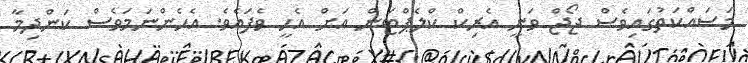
މަސައްކަތުގައިވެސް ޖޯޖް ވަނީ އެރިކް ކްލެޕްޓަން އަށް އެހީ ވެފައެވެ. އެހެންނަމަވެސް ކަންދިމާ